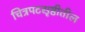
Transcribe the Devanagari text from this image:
चित्रपटसृष्ठीतील